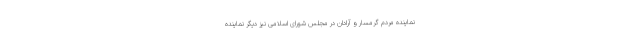
نماینده مردم گرمسار و آرادان در مجلس شورای اسلامی نیز دیگر نماینده